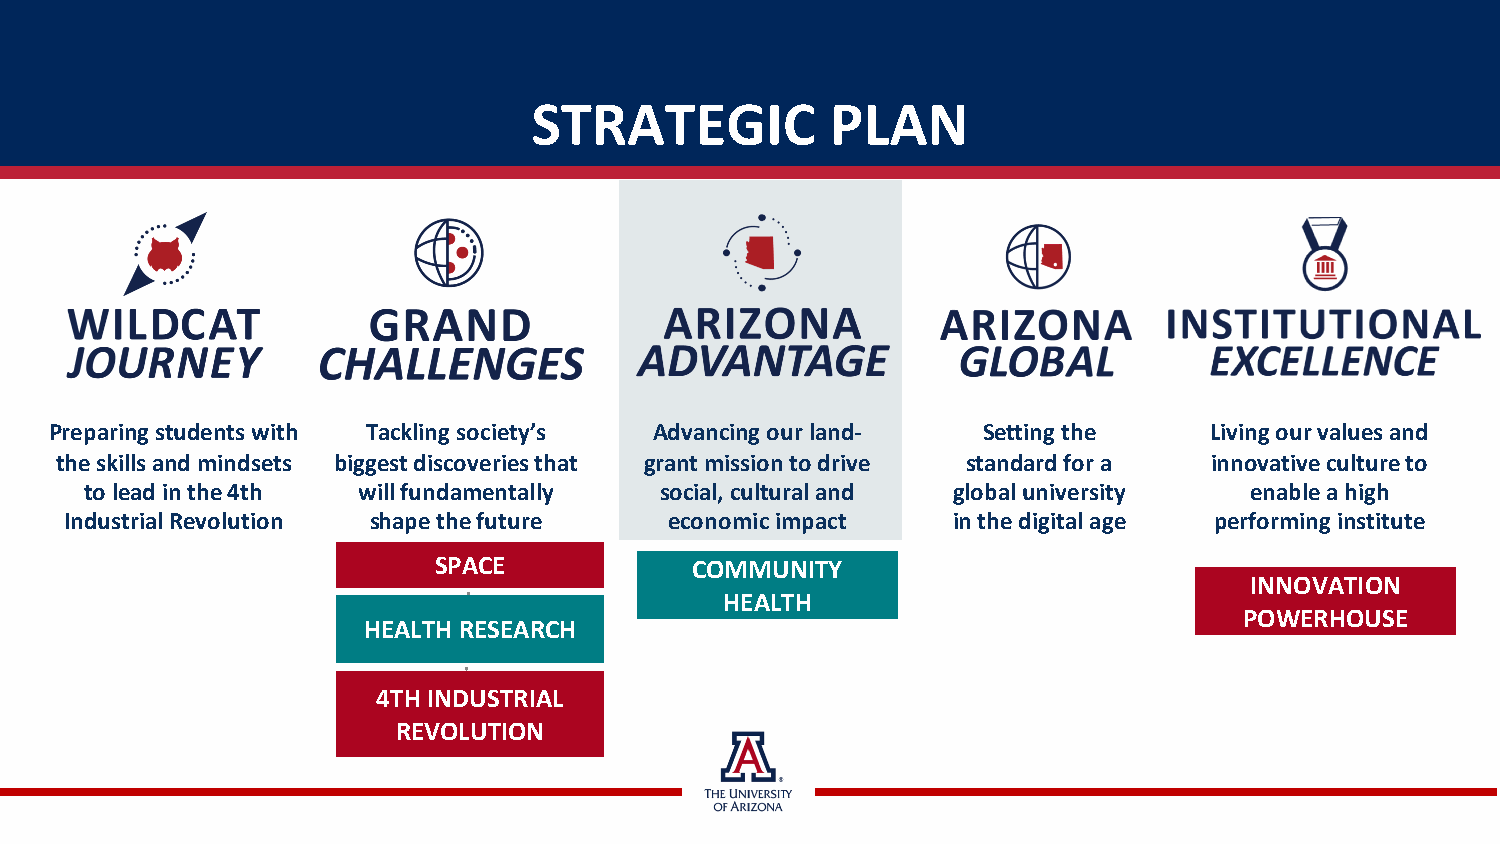
STRATEGIC           PLAN
 Preparing students with Tackling society’s Advancing our land- Setting the   Living our values and
 the skills and mindsets biggest discoveries that grant mission to drive standard for a innovative culture to
 to lead in the 4th will fundamentally social, cultural and global university enable a high
 Industrial Revolution shape the future  economic impact    in the digital age performing institute
 SPACE            COMMUNITY
 INNOVATION
 HEALTH
 POWERHOUSE
 HEALTH RESEARCH
 4TH INDUSTRIAL
 REVOLUTION